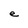
Character: e